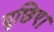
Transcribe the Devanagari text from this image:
पूछिए।